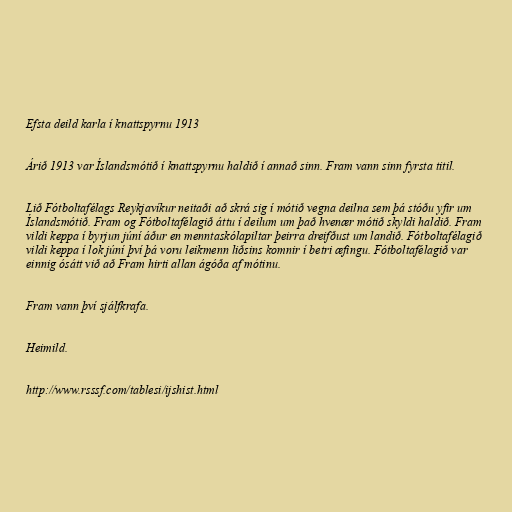
Efsta deild karla í knattspyrnu 1913

Árið 1913 var Íslandsmótið í knattspyrnu haldið í annað sinn. Fram vann sinn fyrsta titil.

Lið Fótboltafélags Reykjavíkur neitaði að skrá sig í mótið vegna deilna sem þá stóðu yfir um
Íslandsmótið. Fram og Fótboltafélagið áttu í deilum um það hvenær mótið skyldi haldið. Fram
vildi keppa í byrjun júní áður en menntaskólapiltar þeirra dreifðust um landið. Fótboltafélagið
vildi keppa í lok júní því þá voru leikmenn liðsins komnir í betri æfingu. Fótboltafélagið var
einnig ósátt við að Fram hirti allan ágóða af mótinu.

Fram vann því sjálfkrafa.

Heimild.

http://www.rsssf.com/tablesi/ijshist.html